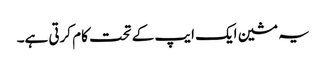
یہ مشین ایک ایپ کے تحت کام کرتی ہے۔